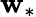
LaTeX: \mathbf{w}_{*}